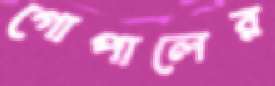
গোপালের